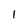
Character: 1